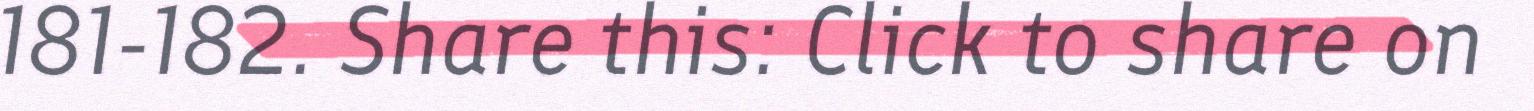
181-182. Share this: Click to share on